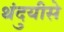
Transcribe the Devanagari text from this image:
थंदुयीसे